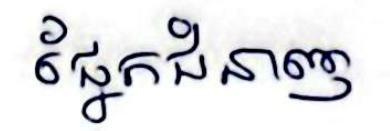
ផ្នែកជំនាញ